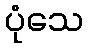
ပုံသေ